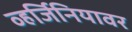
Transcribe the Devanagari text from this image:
व्हर्जिनियावर